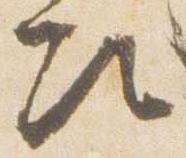
次